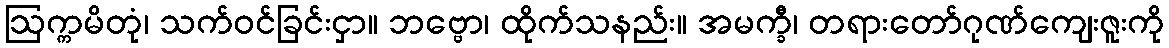
ဩက္ကမိတုံ၊ သက်ဝင်ခြင်းငှာ။ ဘဗ္ဗော၊ ထိုက်သနည်း။ အမက္ခီ၊ တရားတော်ဂုဏ်ကျေးဇူးကို